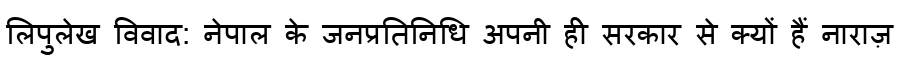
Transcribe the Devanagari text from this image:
लिपुलेख विवाद: नेपाल के जनप्रतिनिधि अपनी ही सरकार से क्यों हैं नाराज़